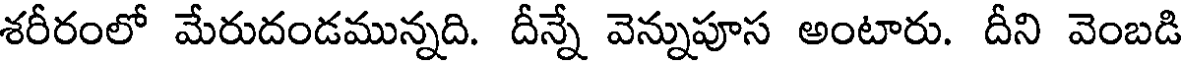
శరీరంలో మేరుదండమున్నది. దీన్నే వెన్నుపూస అంటారు. దీని వెంబడి